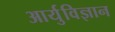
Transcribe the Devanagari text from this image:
आर्युविज्ञान